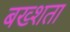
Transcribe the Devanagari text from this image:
बख्शता